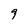
Character: 9